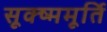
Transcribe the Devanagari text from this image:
सूक्ष्ममूर्ति